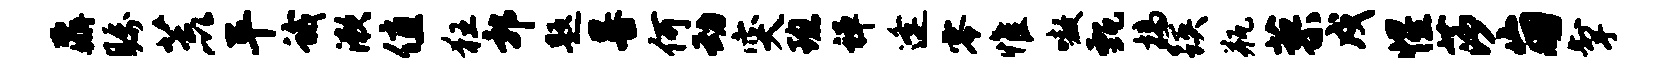
鼐瞩荒平蛾漱值狂郭题晷何动突班禅逢零惟嗷甄槁蹊瓶蓼戍惺莎崩掣